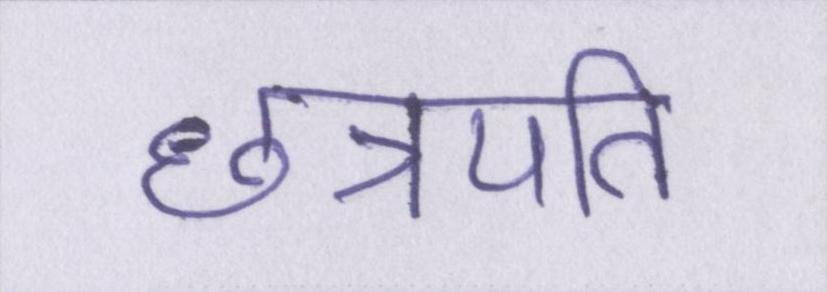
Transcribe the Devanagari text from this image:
छत्रपति